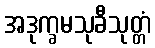
အဒုက္ခမသုခီသုတ္တံ